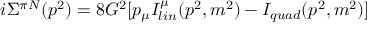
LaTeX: i \Sigma ^ { \pi N } ( p ^ { 2 } ) = 8 G ^ { 2 } [ p _ { \mu } I _ { l i n } ^ { \mu } ( p ^ { 2 } , m ^ { 2 } ) - I _ { q u a d } ( p ^ { 2 } , m ^ { 2 } ) ]